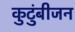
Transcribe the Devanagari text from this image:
कुटुंबीजन